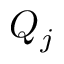
Q _ { j }